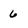
Character: 6